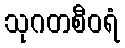
သုဂတစီဝရံ